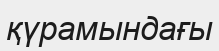
қүрамындағы